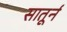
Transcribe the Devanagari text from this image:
सातूर्न